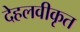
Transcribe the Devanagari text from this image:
देहलवीकृत